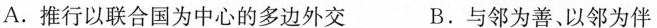
A.推行以联合国为中心的多边外交 B.与邻为善、以邻为伴